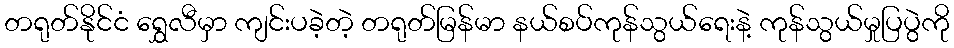
တရုတ်နိုင်ငံ ရွှေလီမှာ ကျင်းပခဲ့တဲ့ တရုတ်မြန်မာ နယ်စပ်ကုန်သွယ်ရေးနဲ့ ကုန်သွယ်မှုပြပွဲကို